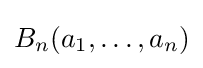
B_{n}(a_{1},\ldots ,a_{n})